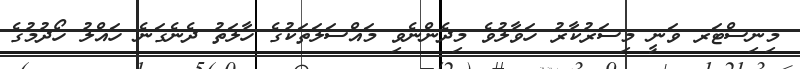
މިނިސްޓަރ ވަނީ މިސަރުކާރު ހަވާލުވެ މިދެންނެވި މައްސަލަތަކުގެ ހާލަތު ދެނެގަނެ ހައްލު ހޯދުމުގެ